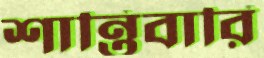
শান্তিবারি